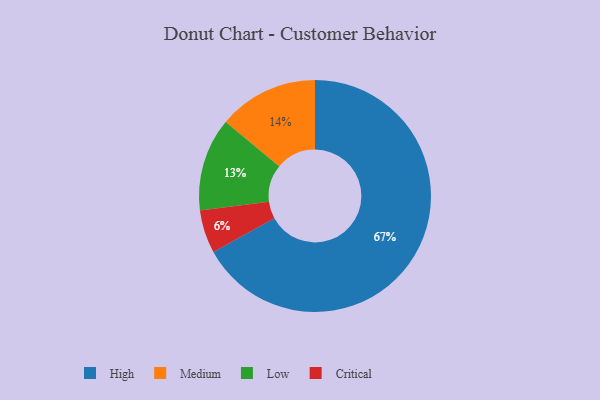
{"axis": {"x": "Category", "y": "Percentage"}, "legend": ["Critical", "High", "Low", "Medium"], "data": [{"x": "High", "y": 67, "type": "High"}, {"x": "Critical", "y": 6, "type": "Critical"}, {"x": "Medium", "y": 14, "type": "Medium"}, {"x": "Low", "y": 13, "type": "Low"}]}